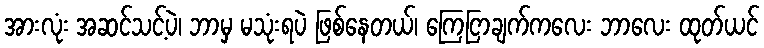
အားလုံး အဆင်သင့်ပဲ၊ ဘာမှ မသုံးရပဲ ဖြစ်နေတယ်၊ ကြေငြာချက်ကလေး ဘာလေး ထုတ်ယင်